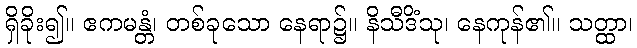
ရှိခိုး၍။ ဧကမန္တံ၊ တစ်ခုသော နေရာ၌။ နိသီဒိံသု၊ နေကုန်၏။ သတ္ထာ၊